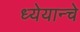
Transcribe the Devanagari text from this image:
ध्येयान्चे